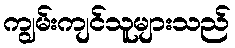
ကျွမ်းကျင်သူများသည်